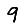
Digit: 9